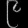
Digit: ၉